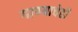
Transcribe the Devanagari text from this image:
गाण्याचेही